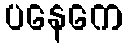
ပနေကေ